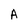
Character: A